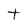
Character: t